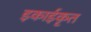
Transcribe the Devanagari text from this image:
इकाईकृत